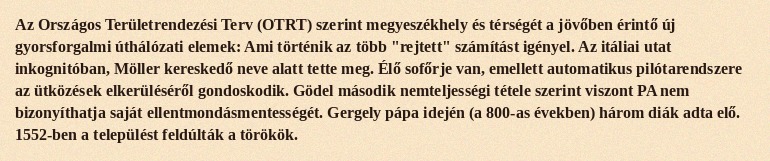
Az Országos Területrendezési Terv (OTRT) szerint megyeszékhely és térségét a jövőben érintő új gyorsforgalmi úthálózati elemek: Ami történik az több "rejtett" számítást igényel. Az itáliai utat inkognitóban, Möller kereskedő neve alatt tette meg. Élő sofőrje van, emellett automatikus pilótarendszere az ütközések elkerüléséről gondoskodik. Gödel második nemteljességi tétele szerint viszont PA nem bizonyíthatja saját ellentmondásmentességét. Gergely pápa idején (a 800-as években) három diák adta elő. 1552-ben a települést feldúlták a törökök.